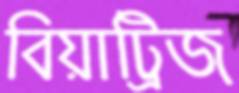
বিয়াট্রিজ